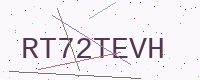
Text: RT72TEVH